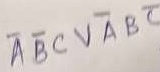
Text: ABCVABC